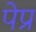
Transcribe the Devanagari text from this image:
पेप्र